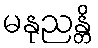
မနုညန္တိ